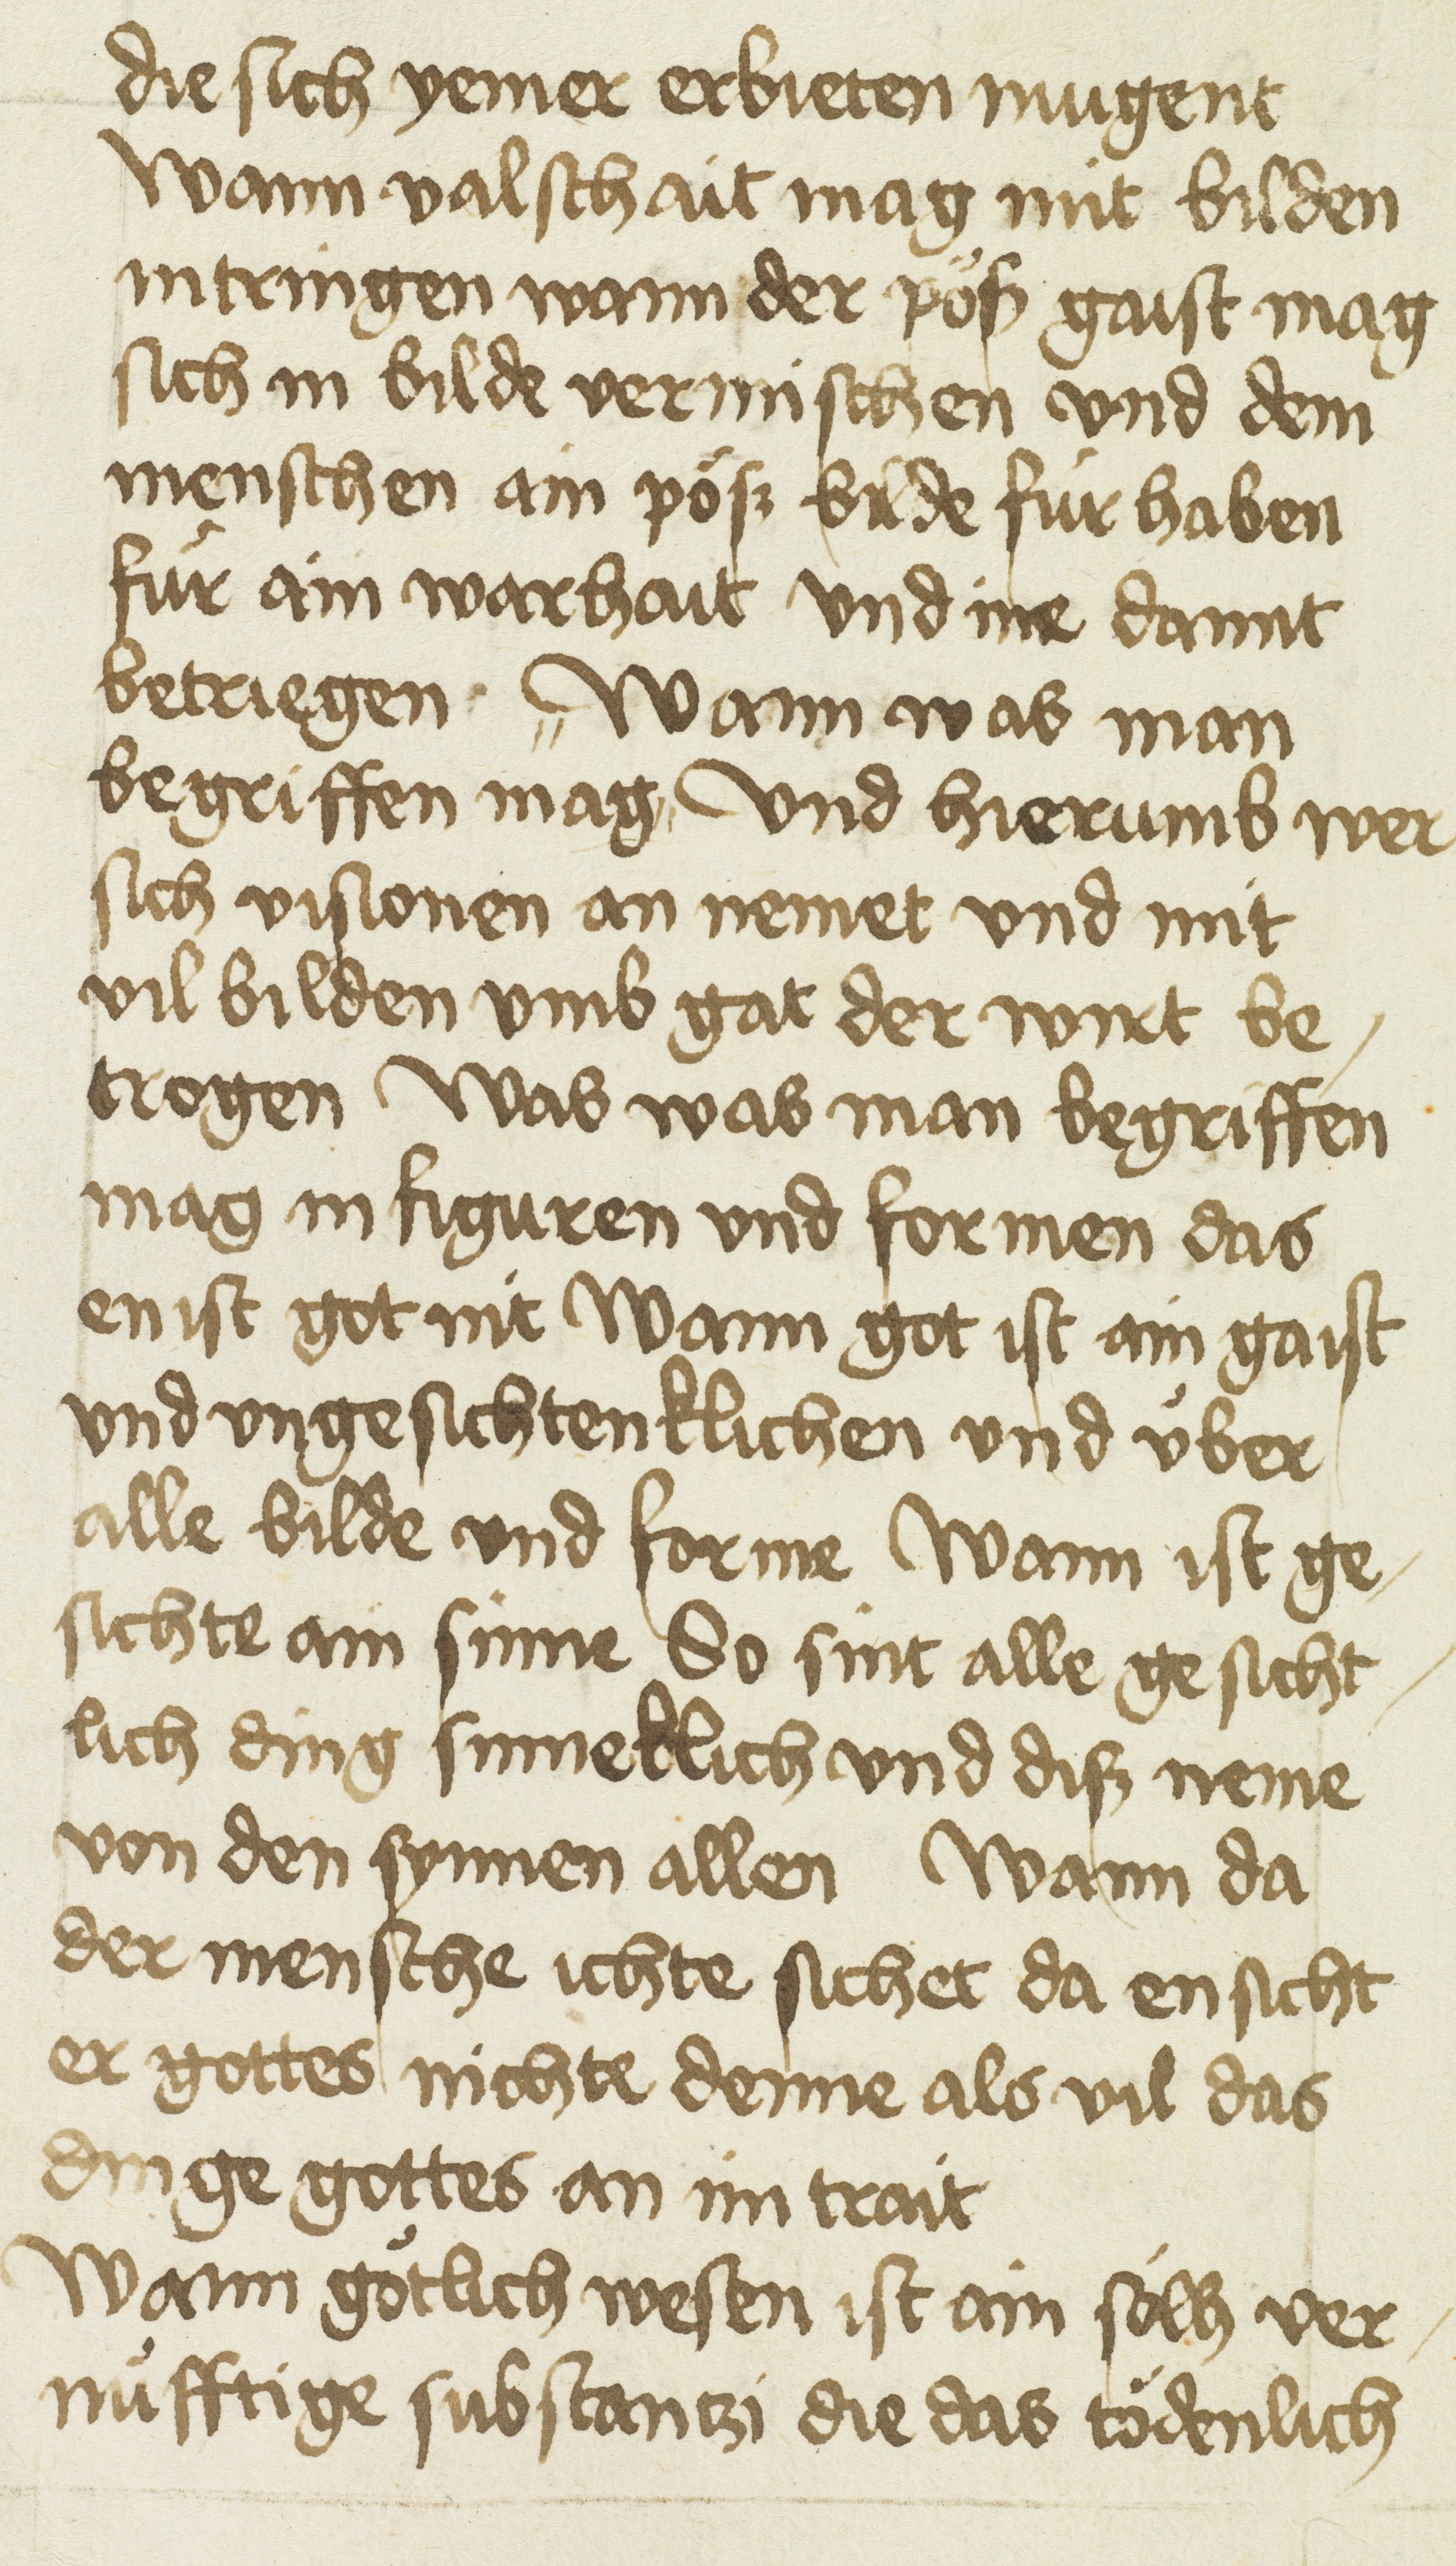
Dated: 1400–1499